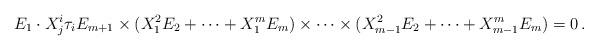
LaTeX: \begin{align*} E_{1} \cdot X_{j}^{i}\tau_{i}E_{m+1} \times (X_{1}^{2}E_{2} + \dotsb + X_{1}^{m}E_{m}) \times \dotsb \times (X_{m-1}^{2}E_{2} + \dotsb + X_{m-1}^{m}E_{m}) = 0\,.\end{align*}